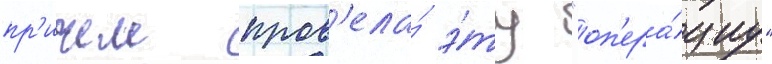
пр'ичем пров'ела́ э́ту "оп'ера́циу"